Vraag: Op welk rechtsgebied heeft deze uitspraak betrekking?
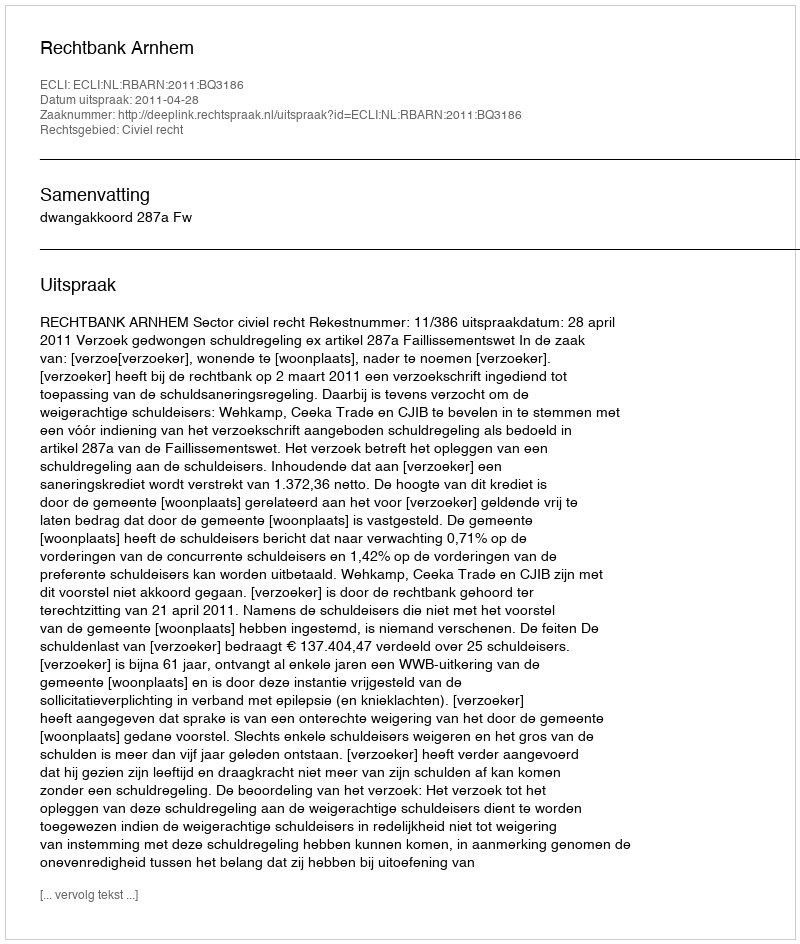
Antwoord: Civiel recht